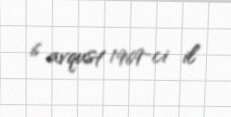
6 avqust 1969-ci il